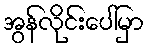
အွန်လိုင်းပေါ်မှာ